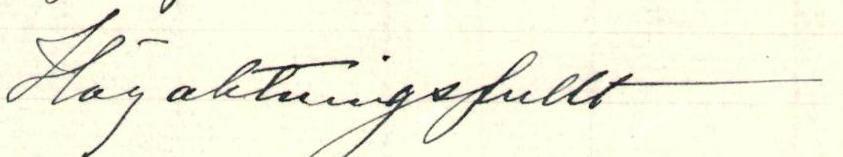
Högaktningsfullt